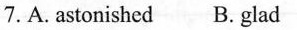
7.A.astonished B.glad